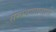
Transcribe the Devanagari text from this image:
संम्पवण्यासाठी